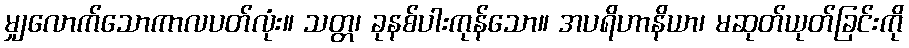
မျှလောက်သောကာလပတ်လုံး။ သတ္တ၊ ခုနစ်ပါးကုန်သော။ အပရိဟာနိယာ၊ မဆုတ်ယုတ်ခြင်းကို